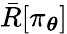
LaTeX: \bar{R}[\pi_{\boldsymbol{\theta}}]